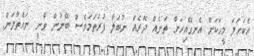
އެކަހަލަ މީހަކަށް އެނގޭއިރަށް ތަނެއް ދޮރެއް ނުބަލާ ފުރަތަމަވެސް ބޭނުން ވާނީ ނައްތާލަން.